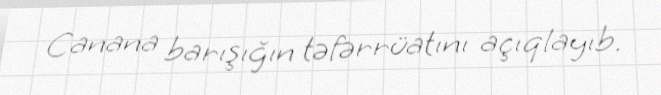
Canana barışığın təfərrüatını açıqlayıb.